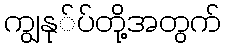
ကျွနု်ပ်တို့အတွက်